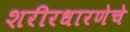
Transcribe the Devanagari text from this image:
शरीरधारणेचे